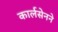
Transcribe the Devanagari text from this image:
कार्लसेनने